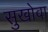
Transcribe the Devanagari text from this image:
सुखोवा